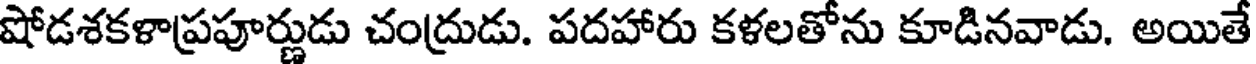
షోడశకళాప్రపూర్ణుడు చంద్రుడు. పదహారు కళలతోను కూడినవాడు. అయితే